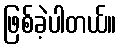
ဖြစ်ခဲ့ပါတယ်။